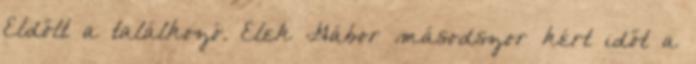
Eldőlt a találkozó. Elek Gábor másodszor kért időt a